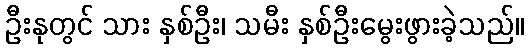
ဦးနုတွင် သား နှစ်ဦး၊ သမီး နှစ်ဦးမွေးဖွားခဲ့သည်။